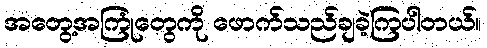
အတွေ့အကြုံတွေကို ဖောက်သည်ချခဲ့ကြပါတယ်။